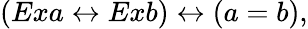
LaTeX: (Exa\leftrightarrow Exb)\leftrightarrow(a=b),